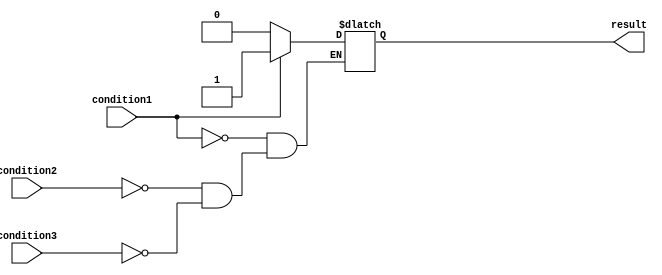
module priority_case_statement (
    input wire condition1,
    input wire condition2,
    input wire condition3,
    output reg result
);

always @(*) begin
    case (1'b1)
        condition1: begin
            // code block associated with condition1
            result <= 1'b1;
        end
        condition2: begin
            // code block associated with condition2
            result <= 1'b0;
        end
        condition3: begin
            // code block associated with condition3
            result <= 1'b0;
        end
    endcase
end

endmodule